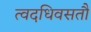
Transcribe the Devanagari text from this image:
त्वदधिवसतौ